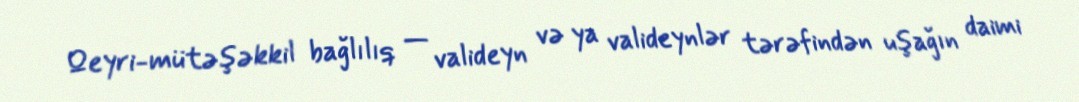
Qeyri-mütəşəkkil bağlılıq — valideyn və ya valideynlər tərəfindən uşağın daimi